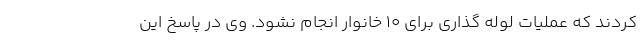
کردند که عملیات لوله گذاری برای 10 خانوار انجام نشود. وی در پاسخ این